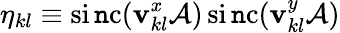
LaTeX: \eta_{kl}\equiv\operatorname{si\mathtt{n}c}(\mathbf{v}_{kl}^{x}\mathcal{A})\operatorname{si\mathtt{n}c}(\mathbf{v}_{kl}^{y}\mathcal{A})